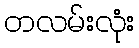
တလမ်းလုံး